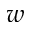
w